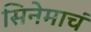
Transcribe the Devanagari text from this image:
सिनेमाचं